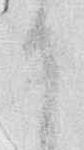
り